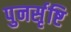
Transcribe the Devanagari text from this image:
पुनर्सृष्टि